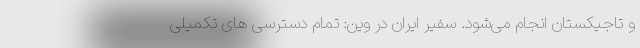
و تاجیکستان انجام می‌شود. سفیر ایران در وین: تمام دسترسی های تکمیلی